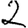
Digit: 2